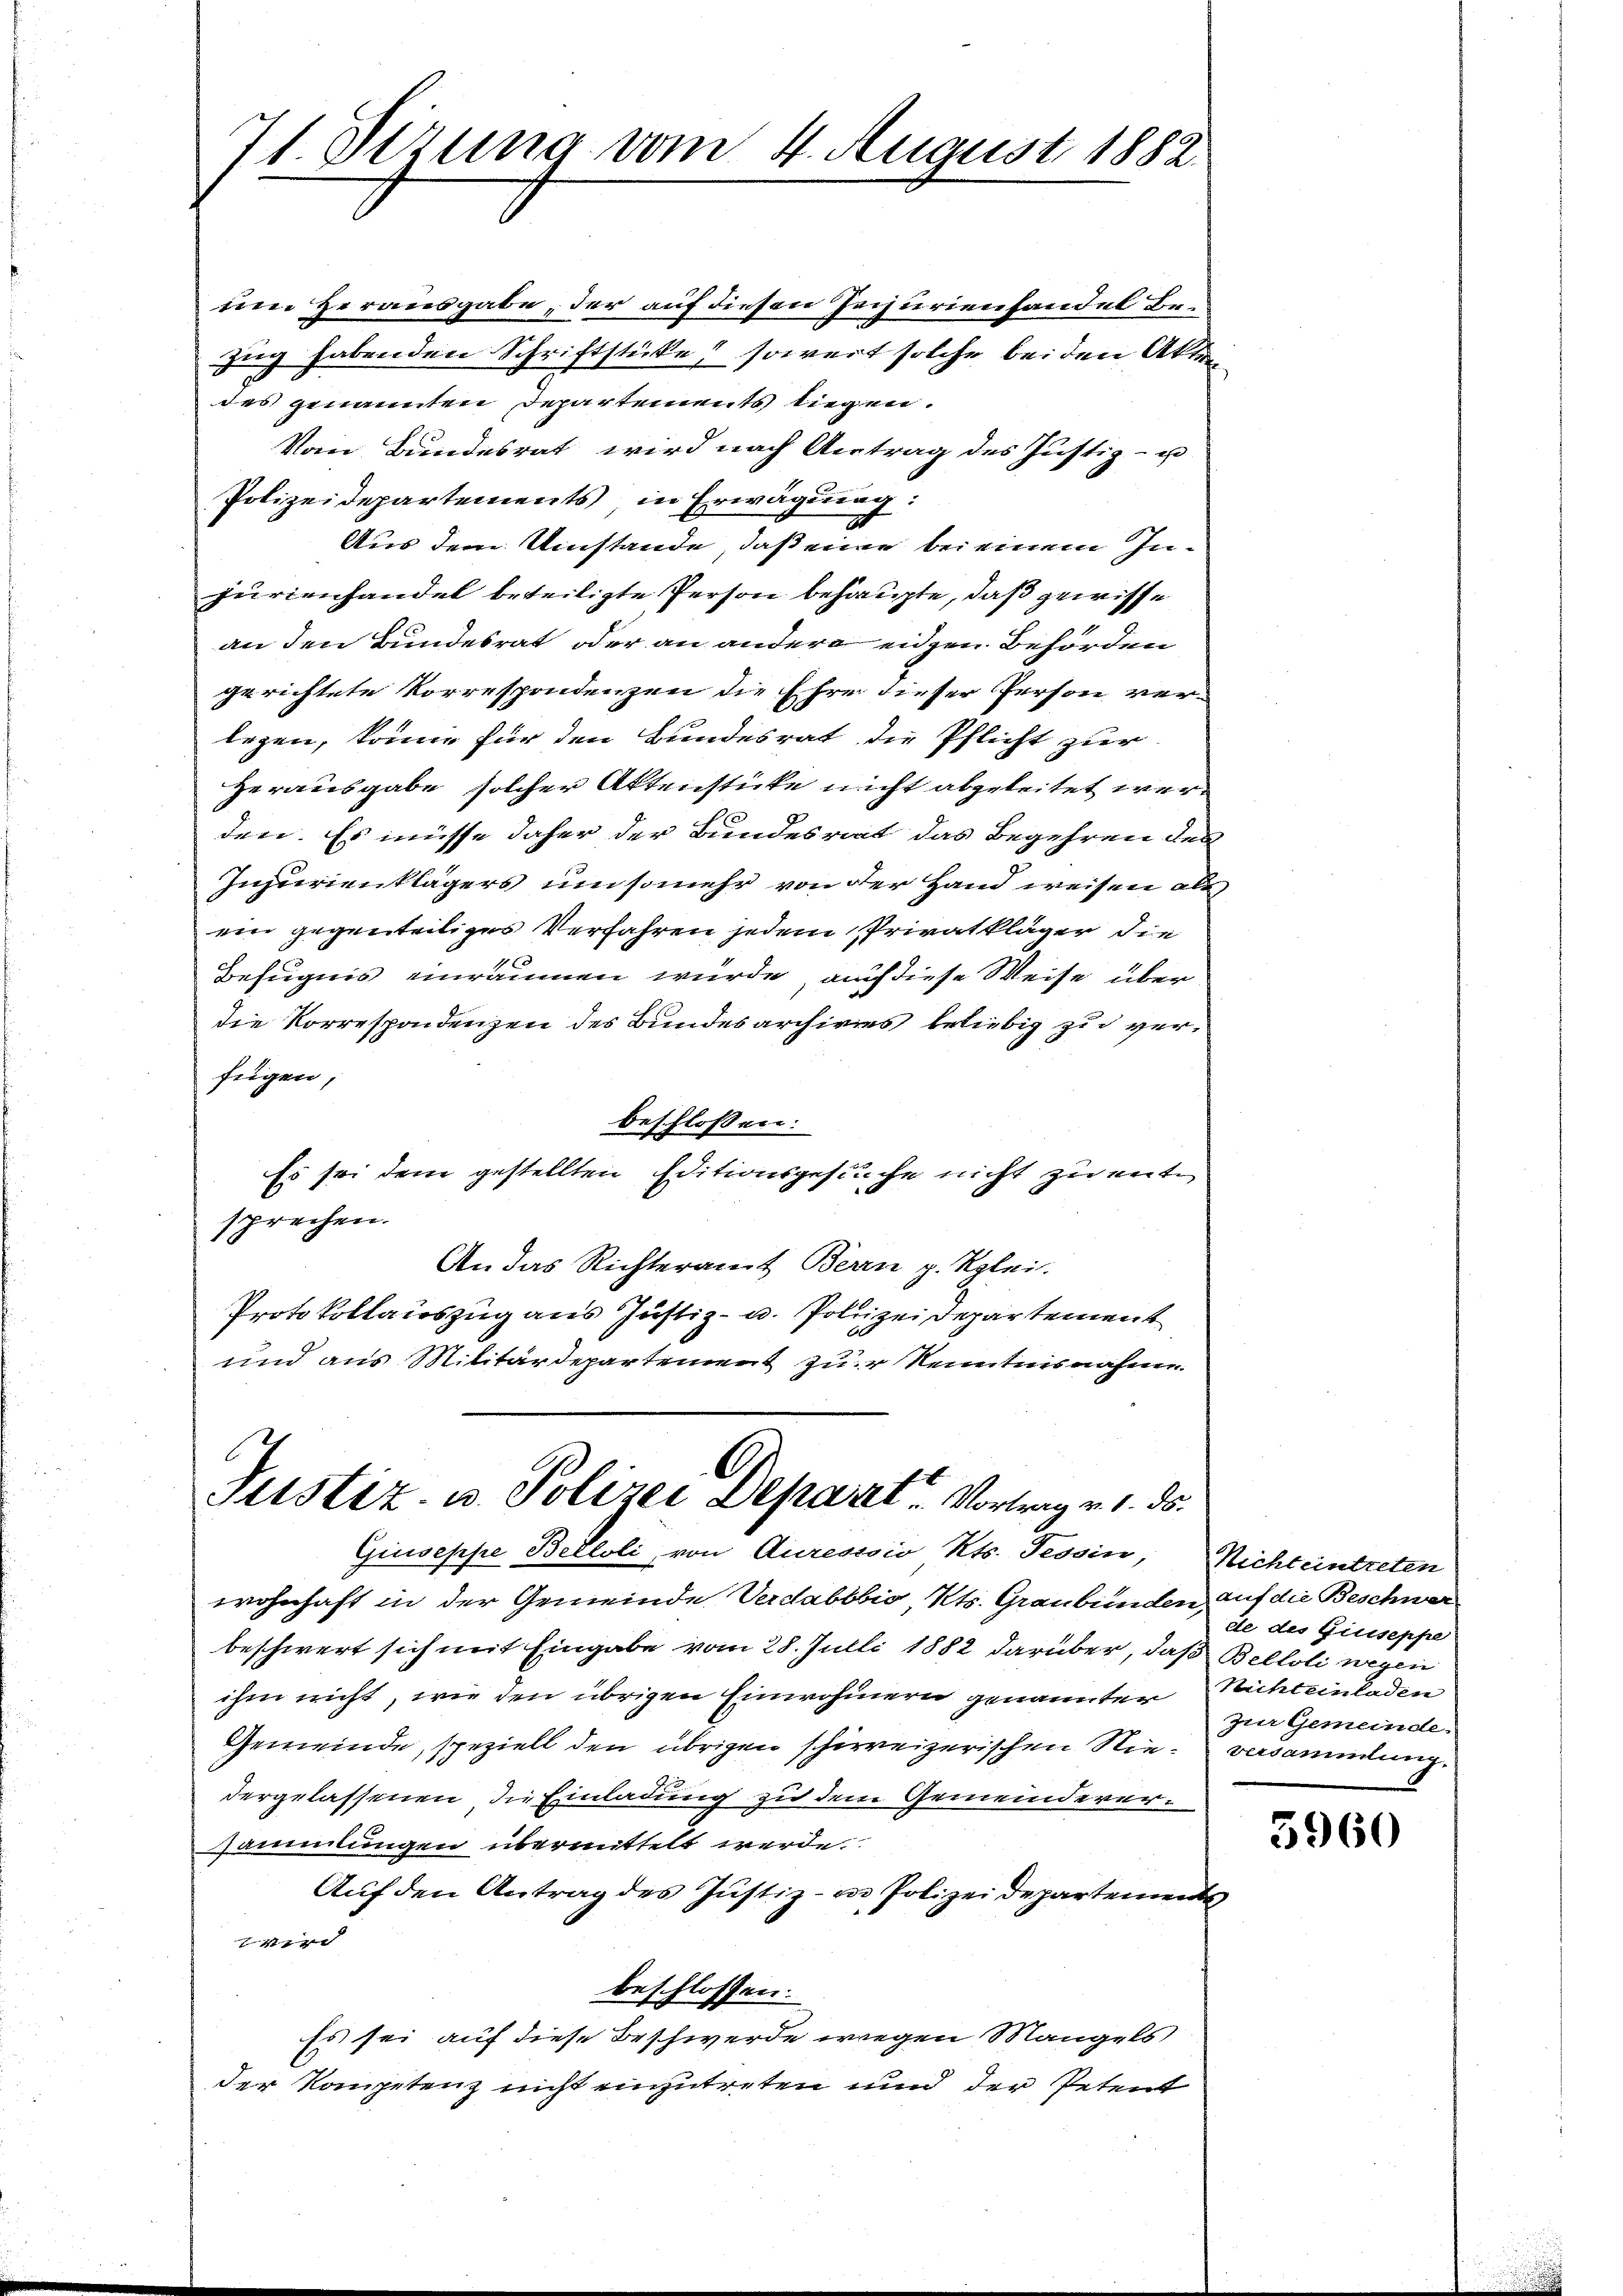
71. Sizung vom 4. August 1882.

nen Herausgabe, der auf diesen Geizurienhandel Berug habenden Schriftstücke, soweit solche bei den Akten
des genannten Departements liegen.
Vom Bundesrat wird nach Antrag des Justiz- u
Polizeidepartements in Erwägung:
Aus dem Umstände, daß eine bei einem Injurienhandel beteiligte Person behaupte, daß gewisse
an den Bundesrat oder an andere eidgen. Behörden
gerichtete Vorrespondenzen die Ehre dieser Person verlegen, könne für den Bundesrat die Pflicht zur
Herausgabe solcher Aktenstücke nicht abgeleitet werden. Es müsse daher der Bundesrat das Begehren des
Injurienklägers umsomehr von der Hand weisen als
ein gegenteiliges Verfahren jedem Privatkläger die
Befugnis einräumen würde, auf diese Weise über
die Korrespondenzen des Bundesarchives beliebig zu verfügen,
beschlossen:
Es sei dem gestellten Editionsgesuche nicht zu entsprechen.
An das Richteramt Bern p. Rglei
Protokollauszug aus Justiz- u. Polizei Departement
und aus Militärdepartement zur Kenntnisnahme.

6
Justiz- u. Polizei Depart. Vortrag v. 1. ds.

Giuseppe Bekloli, von Auresssio Kts. Tessin, Nichteintreten
wohnhaft in der Gemeinde Verdabbbio, Kts. Graubünden auf die Beschwer
beschwert sich mit Eingabe vom 28. Julli 1882 darüber, daß Belloli wegen
ihm nicht, wie den übrigen Einwohnern genannter Richteinladen
Gemeinde, speziell den übrigen schweizerischen Nieversammlung.
dergelassenen die Einladung zu dem Gemeindeversammlungen übermittelt werde.
Aŭf den Antrag des Justiz- u. Polizeidepartements
ze |
beschlossen:
Es sei auf diese Beschwerde wegen Mangels
der Kompetenz nicht einzutreten und der Petent

de des Giuseppe
zur Gemeinde.

5960